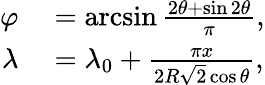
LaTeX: \begin{array}{rl}{\varphi}&{{}=\arcsin{\frac{2\theta+\sin 2\theta}{\pi}},}\\ {\lambda}&{{}=\lambda_{0}+{\frac{\pi x}{2R{\sqrt{2}}\cos\theta}},}\end{array}